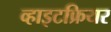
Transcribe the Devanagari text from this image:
व्हाइटफ्रियर